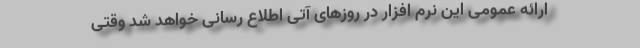
ارائه عمومی این نرم افزار در روزهای آتی اطلاع رسانی خواهد شد وقتی